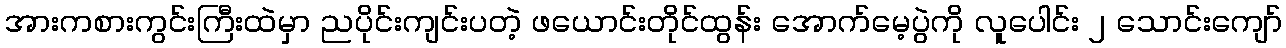
အားကစားကွင်းကြီးထဲမှာ ညပိုင်းကျင်းပတဲ့ ဖယောင်းတိုင်ထွန်း အောက်မေ့ပွဲကို လူပေါင်း ၂ သောင်းကျော်